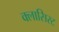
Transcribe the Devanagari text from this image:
क्लासिस्ट